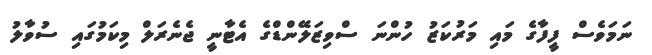
ނަމަވެސް ފީފާގެ މައި މަރުކަޒު ހުންނަ ސްވިޒަލޭންޑްގެ އެޓާނީ ޖެނެރަލް މިކަމުގައި ސުވާލު